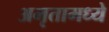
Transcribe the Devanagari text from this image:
अमृतामध्ये